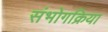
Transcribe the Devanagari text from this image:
संभोगक्रिया